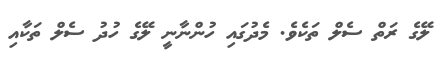
ލޭގެ ރަތް ސެލް ތަކެވެ. މެދުގައި ހުންނާނީ ލޭގެ ހުދު ސެލް ތަކާއި